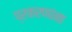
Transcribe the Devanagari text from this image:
प्रकरणांना